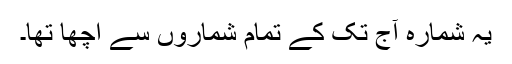
یہ شمارہ آج تک کے تمام شماروں سے اچھا تھا۔